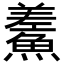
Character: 𩺃